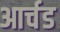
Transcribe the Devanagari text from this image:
आर्चड